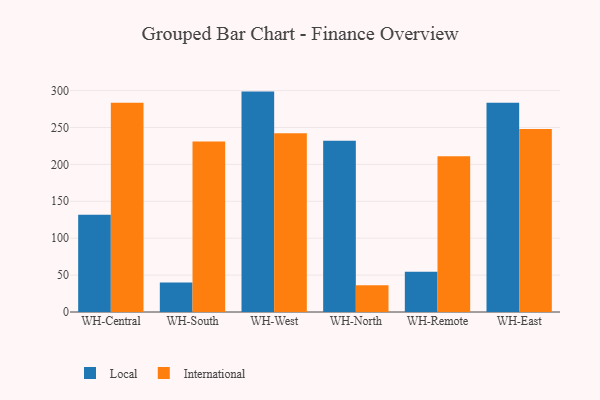
{"axis": {"x": "Warehouse", "y": "Churn Rate (%)"}, "legend": ["International", "Local"], "data": [{"x": "WH-Central", "y": 131.6, "type": "Local"}, {"x": "WH-Central", "y": 283.6, "type": "International"}, {"x": "WH-South", "y": 40.1, "type": "Local"}, {"x": "WH-South", "y": 230.9, "type": "International"}, {"x": "WH-West", "y": 298.6, "type": "Local"}, {"x": "WH-West", "y": 242.2, "type": "International"}, {"x": "WH-North", "y": 231.9, "type": "Local"}, {"x": "WH-North", "y": 36.1, "type": "International"}, {"x": "WH-Remote", "y": 54.6, "type": "Local"}, {"x": "WH-Remote", "y": 210.9, "type": "International"}, {"x": "WH-East", "y": 283.5, "type": "Local"}, {"x": "WH-East", "y": 248.0, "type": "International"}]}